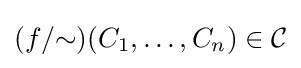
(f/{\sim })(C_{1},\dots ,C_{n})\in {\mathcal {C}}